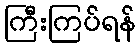
ကြီးကြပ်ရန်